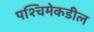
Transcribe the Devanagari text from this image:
पश्‍चिमेकडील